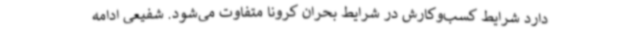
دارد شرایط کسب‌وکارش در شرایط بحران کرونا متفاوت می‌شود. شفیعی ادامه